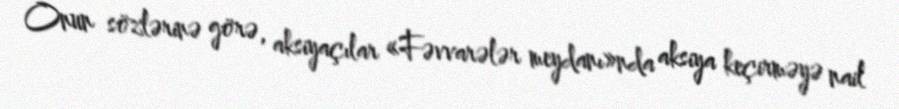
Onun sözlərinə görə, aksiyaçılar «Fəvvarələr meydanı»nda aksiya keçirməyə nail